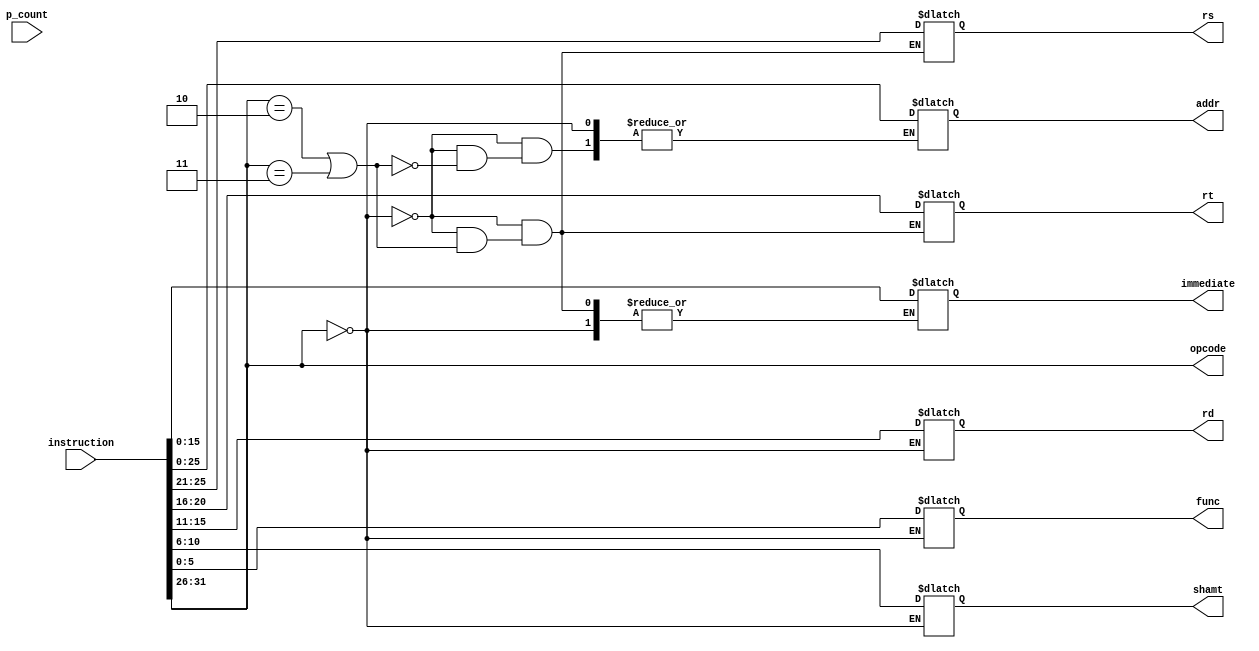
`timescale 1ns / 1ps
//////////////////////////////////////////////////////////////////////////////////
// Company: 
// Engineer: 
// 
// Design Name: 
// Module Name: inst_parser
// Project Name: 
// Target Devices: 
// Tool Versions: 
// Description: 
// 
// Dependencies: 
// 
// Revision:
// Revision 0.01 - File Created
// Additional Comments:
// 
//////////////////////////////////////////////////////////////////////////////////

//http://www.divms.uiowa.edu/~ghosh/1-24-06.pdf

module inst_parser(
    output [5:0] opcode,
    output reg [4:0] rs,rt,rd,shamt,
    output reg [5:0] func,
    output reg [15:0] immediate,
    output reg [25:0] addr,
    input [31:0] instruction,p_count
    );
    
    assign opcode = instruction[31:26];
    
    always @(instruction)     
        begin
            // R-type
            if(opcode == 6'h0)
                begin
                    shamt = instruction[10:6];
                    rd = instruction[15:11];
                    rt = instruction[20:16];
                    rs = instruction[25:21];
                    func = instruction[5:0];
                end
            
            // J type
            else if(opcode == 6'h2 | opcode == 6'h3)
                begin
                    addr = instruction[26:0];
                end
            
            // I type
            else
                begin
                    rt = instruction[20:16];
                    rs = instruction[25:21];
                    immediate = instruction[15:0];
                end
        end
    
endmodule